Kuressaare_kinnistusamet, lk 6
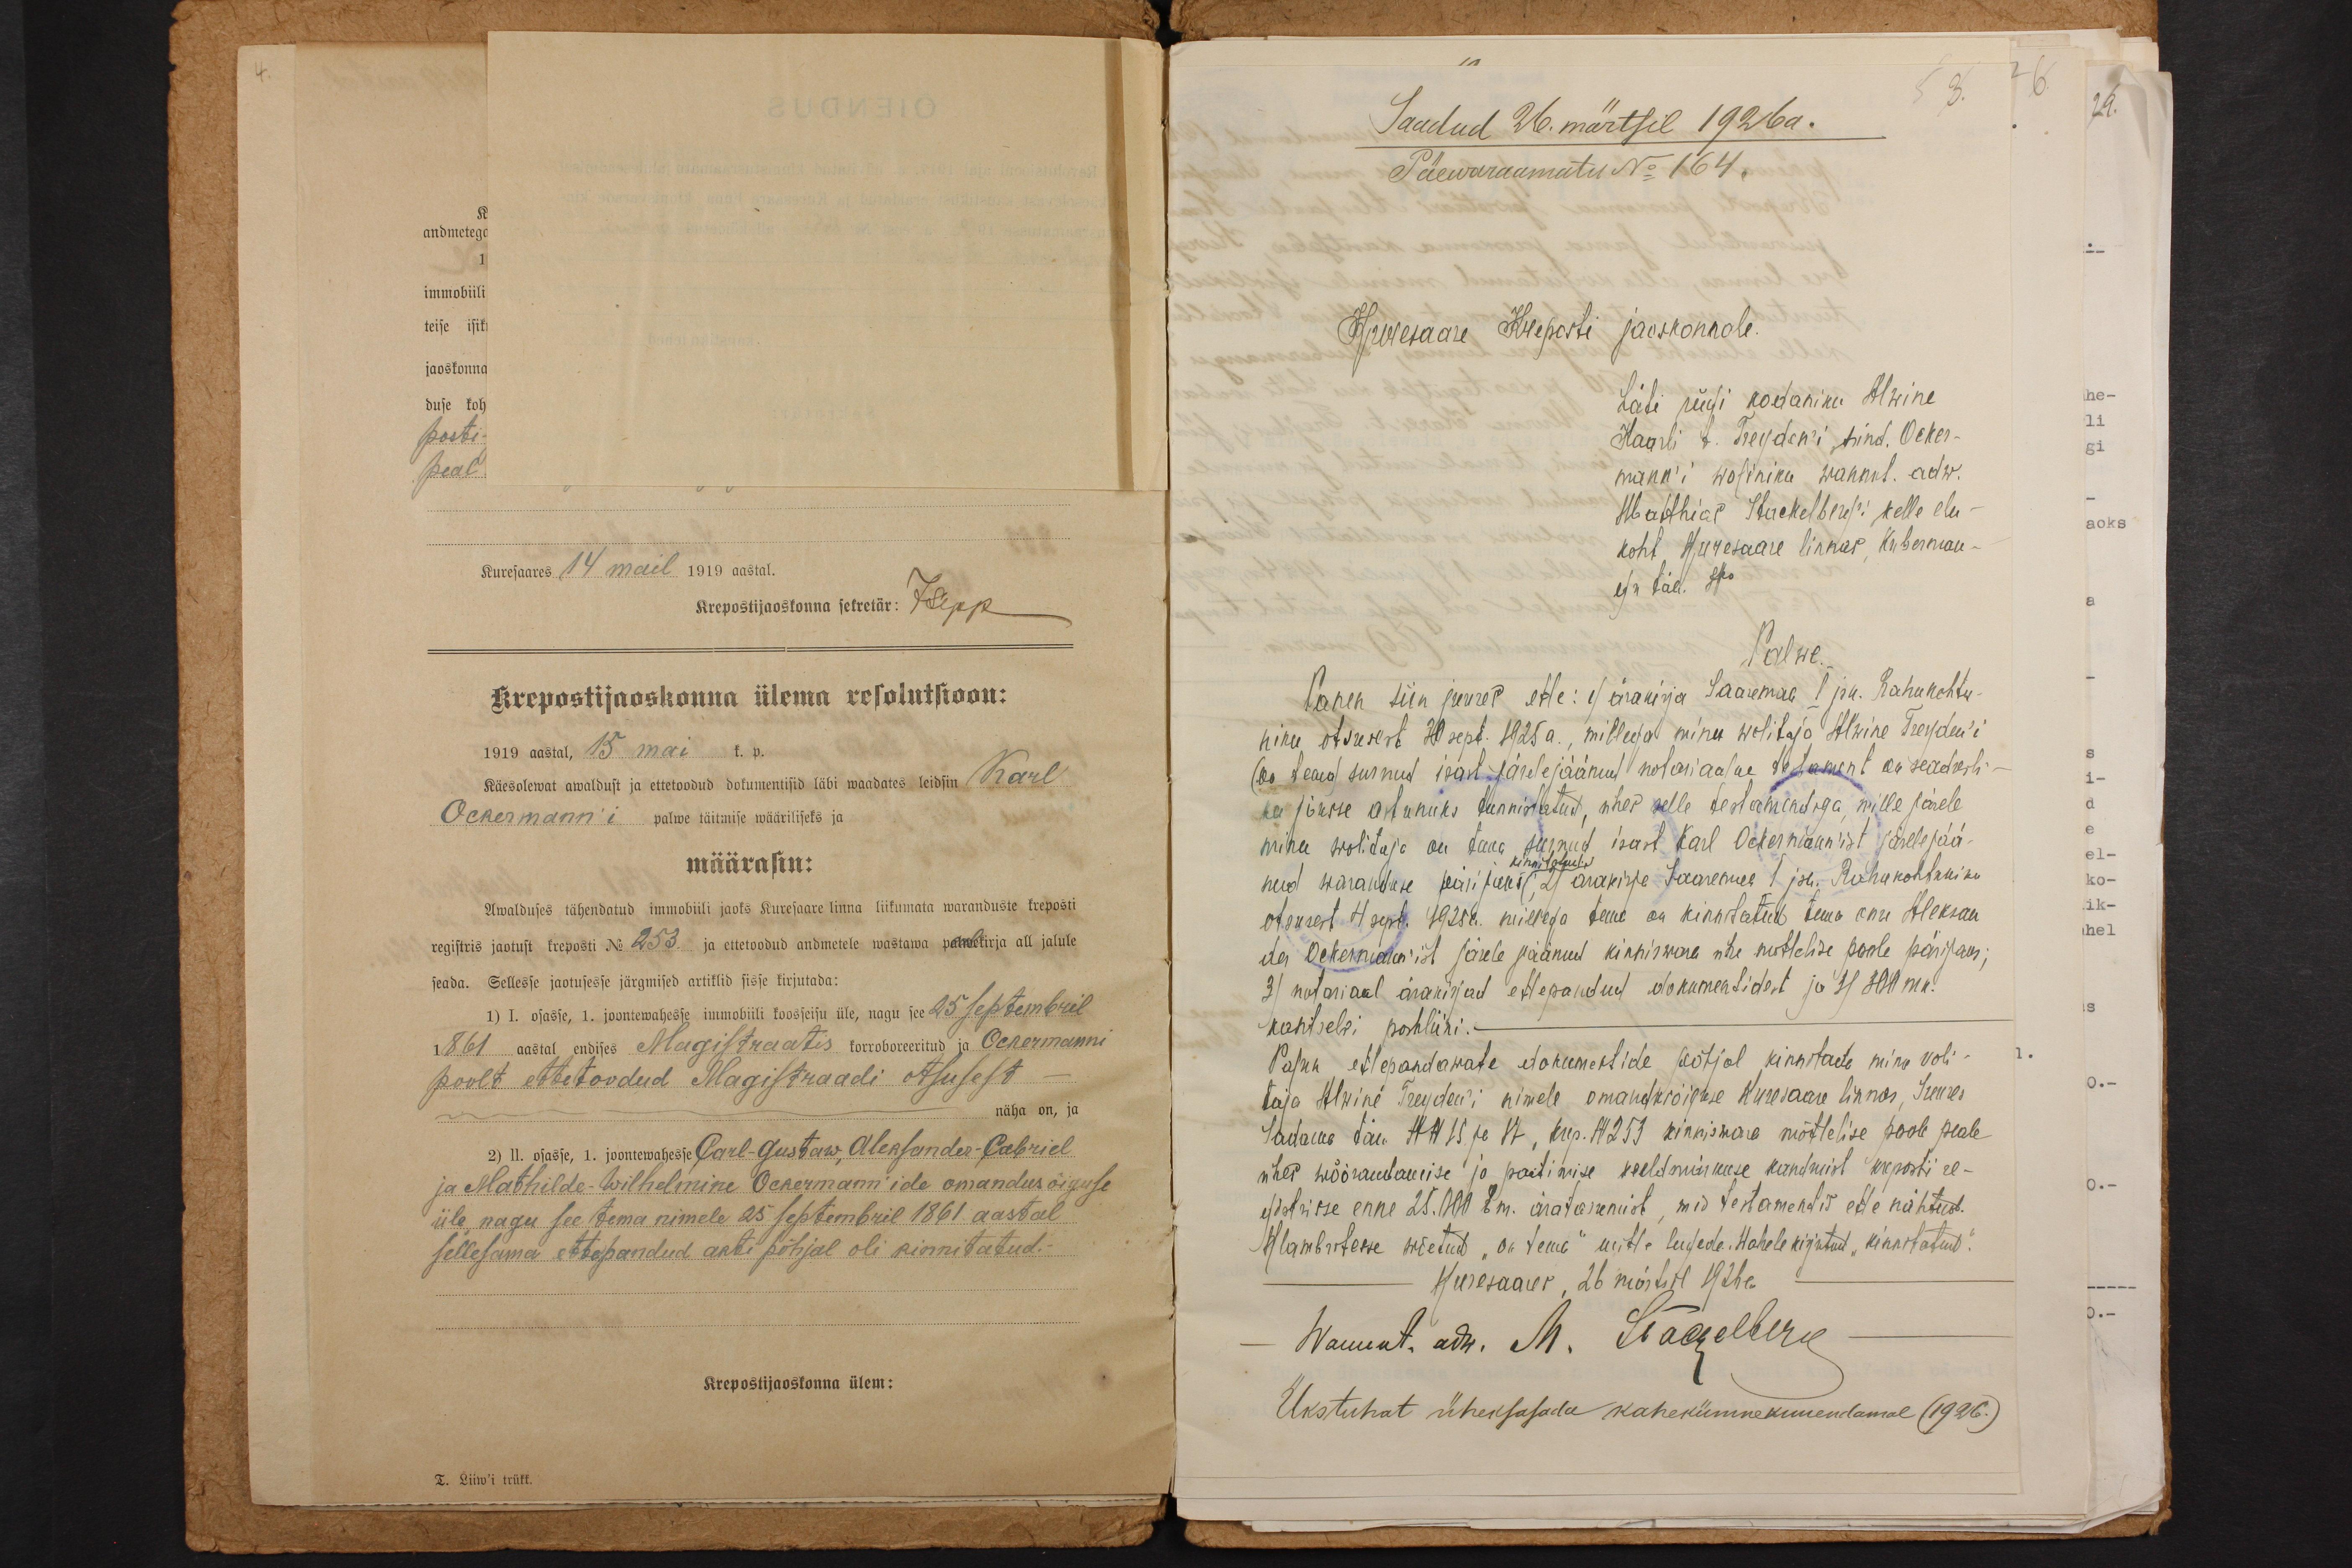
Kuresaares 14 mail 1919 aastal.
Krepostijaoskonna sekretär: J. Sepp
Krepostijaoskonna ülema resolutsioon:
1919 aastal, 15 mai k. p.
Käesolewat awaldust ja ettetoodud dokumentisid läbi waadates leidsin Karl
Ackermann'i palwe täitmise wääriliseks ja
määrasin:
Awalduses tähendatud immobiili jaoks Kuresaare linna liikumata waranduste kreposti
registris jaotust kreposti No 253. ja ettetoodud andmetele wastawa palwekirja all jalule
seada. Sellesse jaotusesse järgmised artiklid sisse kirjutada:
1) I. osasse, 1. joontewahesse immobiili koosseisu üle, nagu see 25 septembril
1861 aastal endises Magistraatis korroboreeritud ja Ackermanni
poolt ettetoodud Magistraadi otsusest
näha on, ja
2) II. osasse, 1. joontewahesse Carl-Gustaw, Aleksander-Gabriel
ja Mathilde Wilhelmine Ackermann'ide omandusõiguse
üle nagu see tema nimele 25 septembril 1861 aastal
sellesama ettepandud akti põhjal oli kinnitatud.
Krepostijaoskonna ülem:
T. Liiw'i trükk.

Saadud 26. märtsil 1926 a.
3.
Päewaraamatu No: 164.
Kuuresaare Kreposti jaoskonnale.
Läti riigi kodaniku Alwine
Kaarli t. Treyden'i hind. Acker-
mann'i woliniku wannul. adw.
Matthias Stackelberg'i kelle elu-
koht. Kuresaare linnas Kuberman-
ngu täh. Hoo
Palwe.
Panen siin juures ette: 1) ärakirja Saaremaa I jau.. Rahukohtu-
niku otsusest 20 sept. 1925 a., millega minu wolitaja Alwine Treyden'i
(on tema) surnud isast järelejäänud notariaalne 4st testament on seadusli-
ku jõusse astunuks tunnistatud, ühes selle testamendiga, mille järele
minu wolitaja on tema surnud isast Karl Ackermannist järele jää-
nud waranduse pärijaks 21 ärakirje Saaremaa 1 jsk. Rahukohtuniku
kinnistatud.
otsusest 4 sept. 1925 a. millega teine on kinnitatud tema onu Aleksan
der Ackermannist järele jäänud kinniswara ühe mõttelise poole pärijaks;
3) notariaal ärakirjad ettepandud dokumentidest ja 4 300 mk.
kantselei poshliini.-
Palun ettepandawate dokumentide põhjal kinnitada minu voli-
taja Alwine Treyderi nimele omandikrõiguse Kuresaare linnas, Juures
Sadama tän. NN 15. ja 17, krep. N 253 kinniswara mõttelise poole peale
ühes wõõrandamise ja pantimise keeldanikkuse kandmist kreposti re-
gistrisse enne 25.000 Em. äratasamist, mis testamentis ette nähtud.
Klambritesse wõetud "on tema" mitte lugeda. Wahele kirjutud "kinnitatud".
Kuresaaar, 26 märtsil 1926 a.
Wannut. adv. M. Stackelberg
Ükstuhat üheksasade kahekümnekuuendamal (1926.)